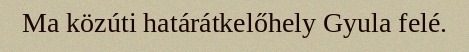
Ma közúti határátkelőhely Gyula felé.